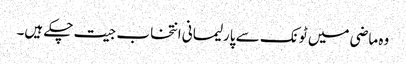
وہ ماضی میں ٹونک سے پارلیمانی انتخاب جیت چکے ہیں۔